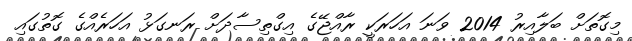
މިގޮތަށް ބަލާއިރު 2014 ވަނަ އަހަރަކީ ރާއްޖޭގެ އިގްތިސާދަށް ރަނގަޅު އަހަރެއްގެ ގޮތުގައި